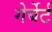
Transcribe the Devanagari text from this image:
गेर्बेर्ट